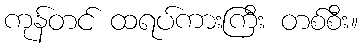
ကုန်တင် ထရပ်ကားကြီး တစ်စီး။